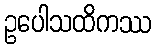
ဥပေါသထိကဿ